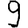
Digit: 9